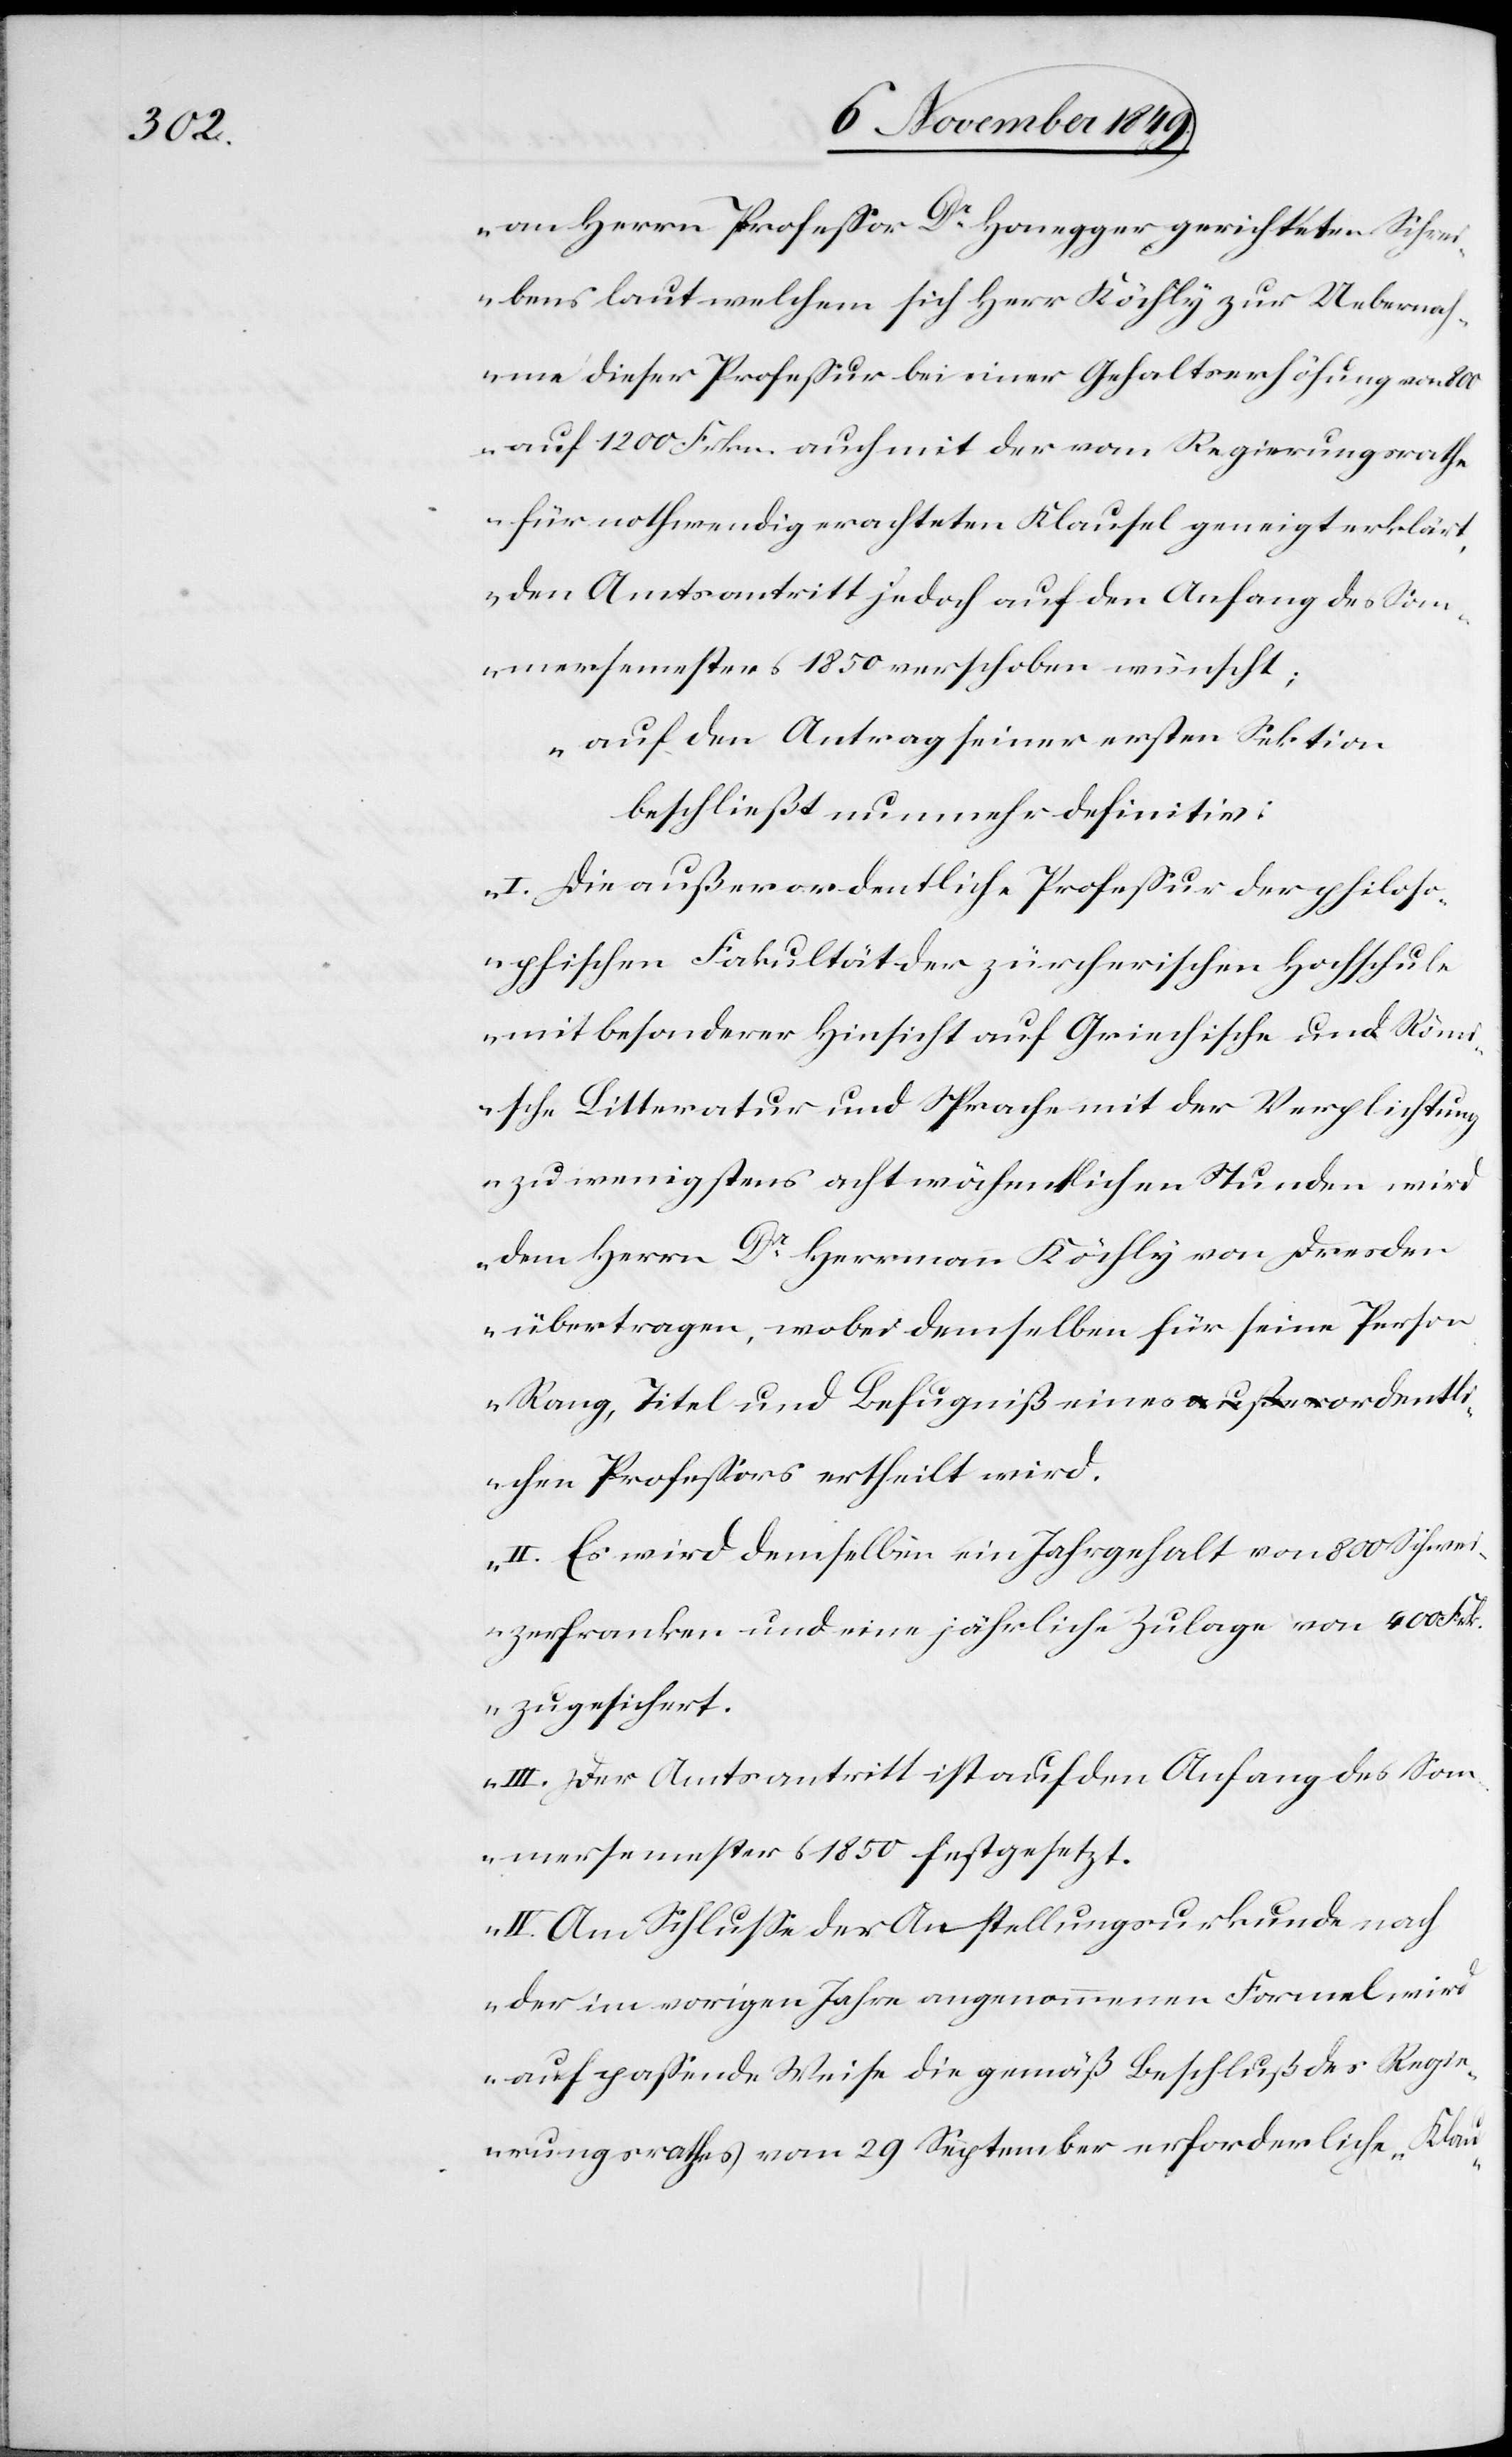
an Herrn Profeßor Dr Honegger gerichteten Schrei¬
bens laut welchem sich Herr Köchly zur Uebernah¬
me dieser Profeßur bei einer Gehaltserhöhung von 800
auf 1200 Frkn. auch mit der vom Regierungsrathe
für nothwendig erachteten Klausel geneigt erklärt,
den Amtsantritt jedoch auf den Anfang des Som¬
mersemsters 1850 verschoben wünscht;
auf den Antrag seiner ersten Sektion
beschließt nunmehr definitiv:
I. Die außerordentliche Profeßur der philos¬
ophischen Fakultäten der zürcherischen Hochschule
mit besonderer Hinsicht auf Griechische und Röm¬
ische Litteratur und Sprache mit der Verpflichtung
zu wenigstens acht wöchentlichen Stunden wird
dem Herrn Dr Hermann Köchly von Dresden
übertragen, wobei demselben für seine Person
Rang, Titel und Befugniß eines ordentli¬
chen Profeßors ertheilt wird.
II. Es wird demselben ein Jahrgehalt von 800 Schwei¬
zerfranken und eine jährliche Zulage von 400 Frk¬
n. zugesichert.
III. Der Amtsantritt ist auf den Antrag des Som¬
mersemesters 1850 festgesetzt.
IV. Am Schluße der Anstellungsurkunde nach
der im vorigen Jahre angenommenen Formel wird
auf paßende Weise die gemäß Beschluß des Regi¬
erungsrathes vom 29 September erforderliche Klau-